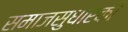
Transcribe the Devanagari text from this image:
समाजसुधारकी